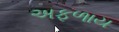
અફળાય